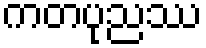
ကတပုညဿ